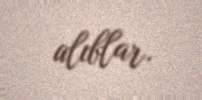
alıblar.